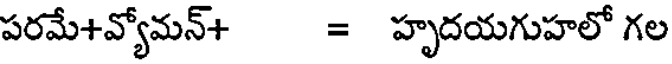
పరమే+వ్యోమన్+ = హృదయగుహలో గల